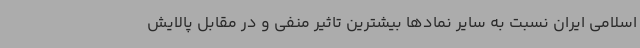
اسلامی ایران نسبت به سایر نمادها بیشترین تاثیر منفی و در مقابل پالایش